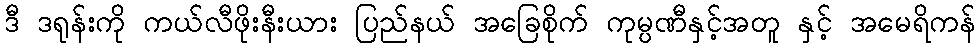
ဒီ ဒရုန်းကို ကယ်လီဖိုးနီးယား ပြည်နယ် အခြေစိုက် ကုမ္ပဏီနှင့်အတူ နှင့် အမေရိကန်